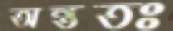
অন্ততঃ